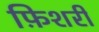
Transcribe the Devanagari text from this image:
फ़िशरी